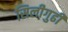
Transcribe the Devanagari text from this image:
सिलीगुढी